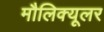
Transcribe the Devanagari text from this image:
मौलिक्यूलर